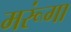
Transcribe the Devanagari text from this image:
मरूंगा